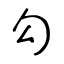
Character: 勾